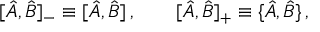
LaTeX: [ \hat { A } , \hat { B } ] _ { - } \equiv [ \hat { A } , \hat { B } ] \, , \qquad [ \hat { A } , \hat { B } ] _ { + } \equiv \{ \hat { A } , \hat { B } \} \, ,